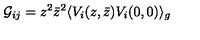
{ \cal G } _ { i j } = z ^ { 2 } { \bar { z } } ^ { 2 } \langle V _ { i } ( z , { \bar { z } } ) V _ { i } ( 0 , 0 ) \rangle _ { g }